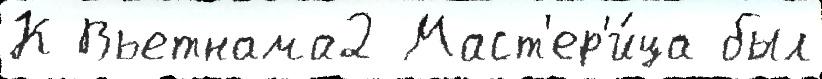
К Вьетнама2 Маст'ер'и́ца был